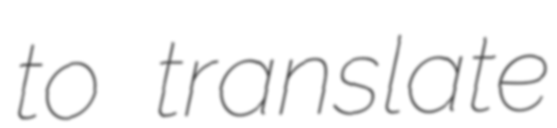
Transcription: to translate